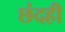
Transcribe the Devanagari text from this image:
छंदही